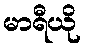
မာရီယို